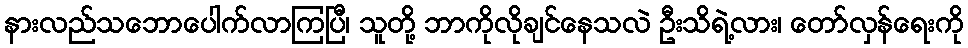
နားလည်သဘောပေါက်လာကြပြီ၊ သူတို့ ဘာကိုလိုချင်နေသလဲ ဦးသိရဲ့လား၊ တော်လှန်ရေးကို